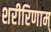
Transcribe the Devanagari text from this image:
शरीरिणाम्